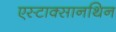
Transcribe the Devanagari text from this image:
एस्टाक्सानथिन